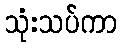
သုံးသပ်ကာ